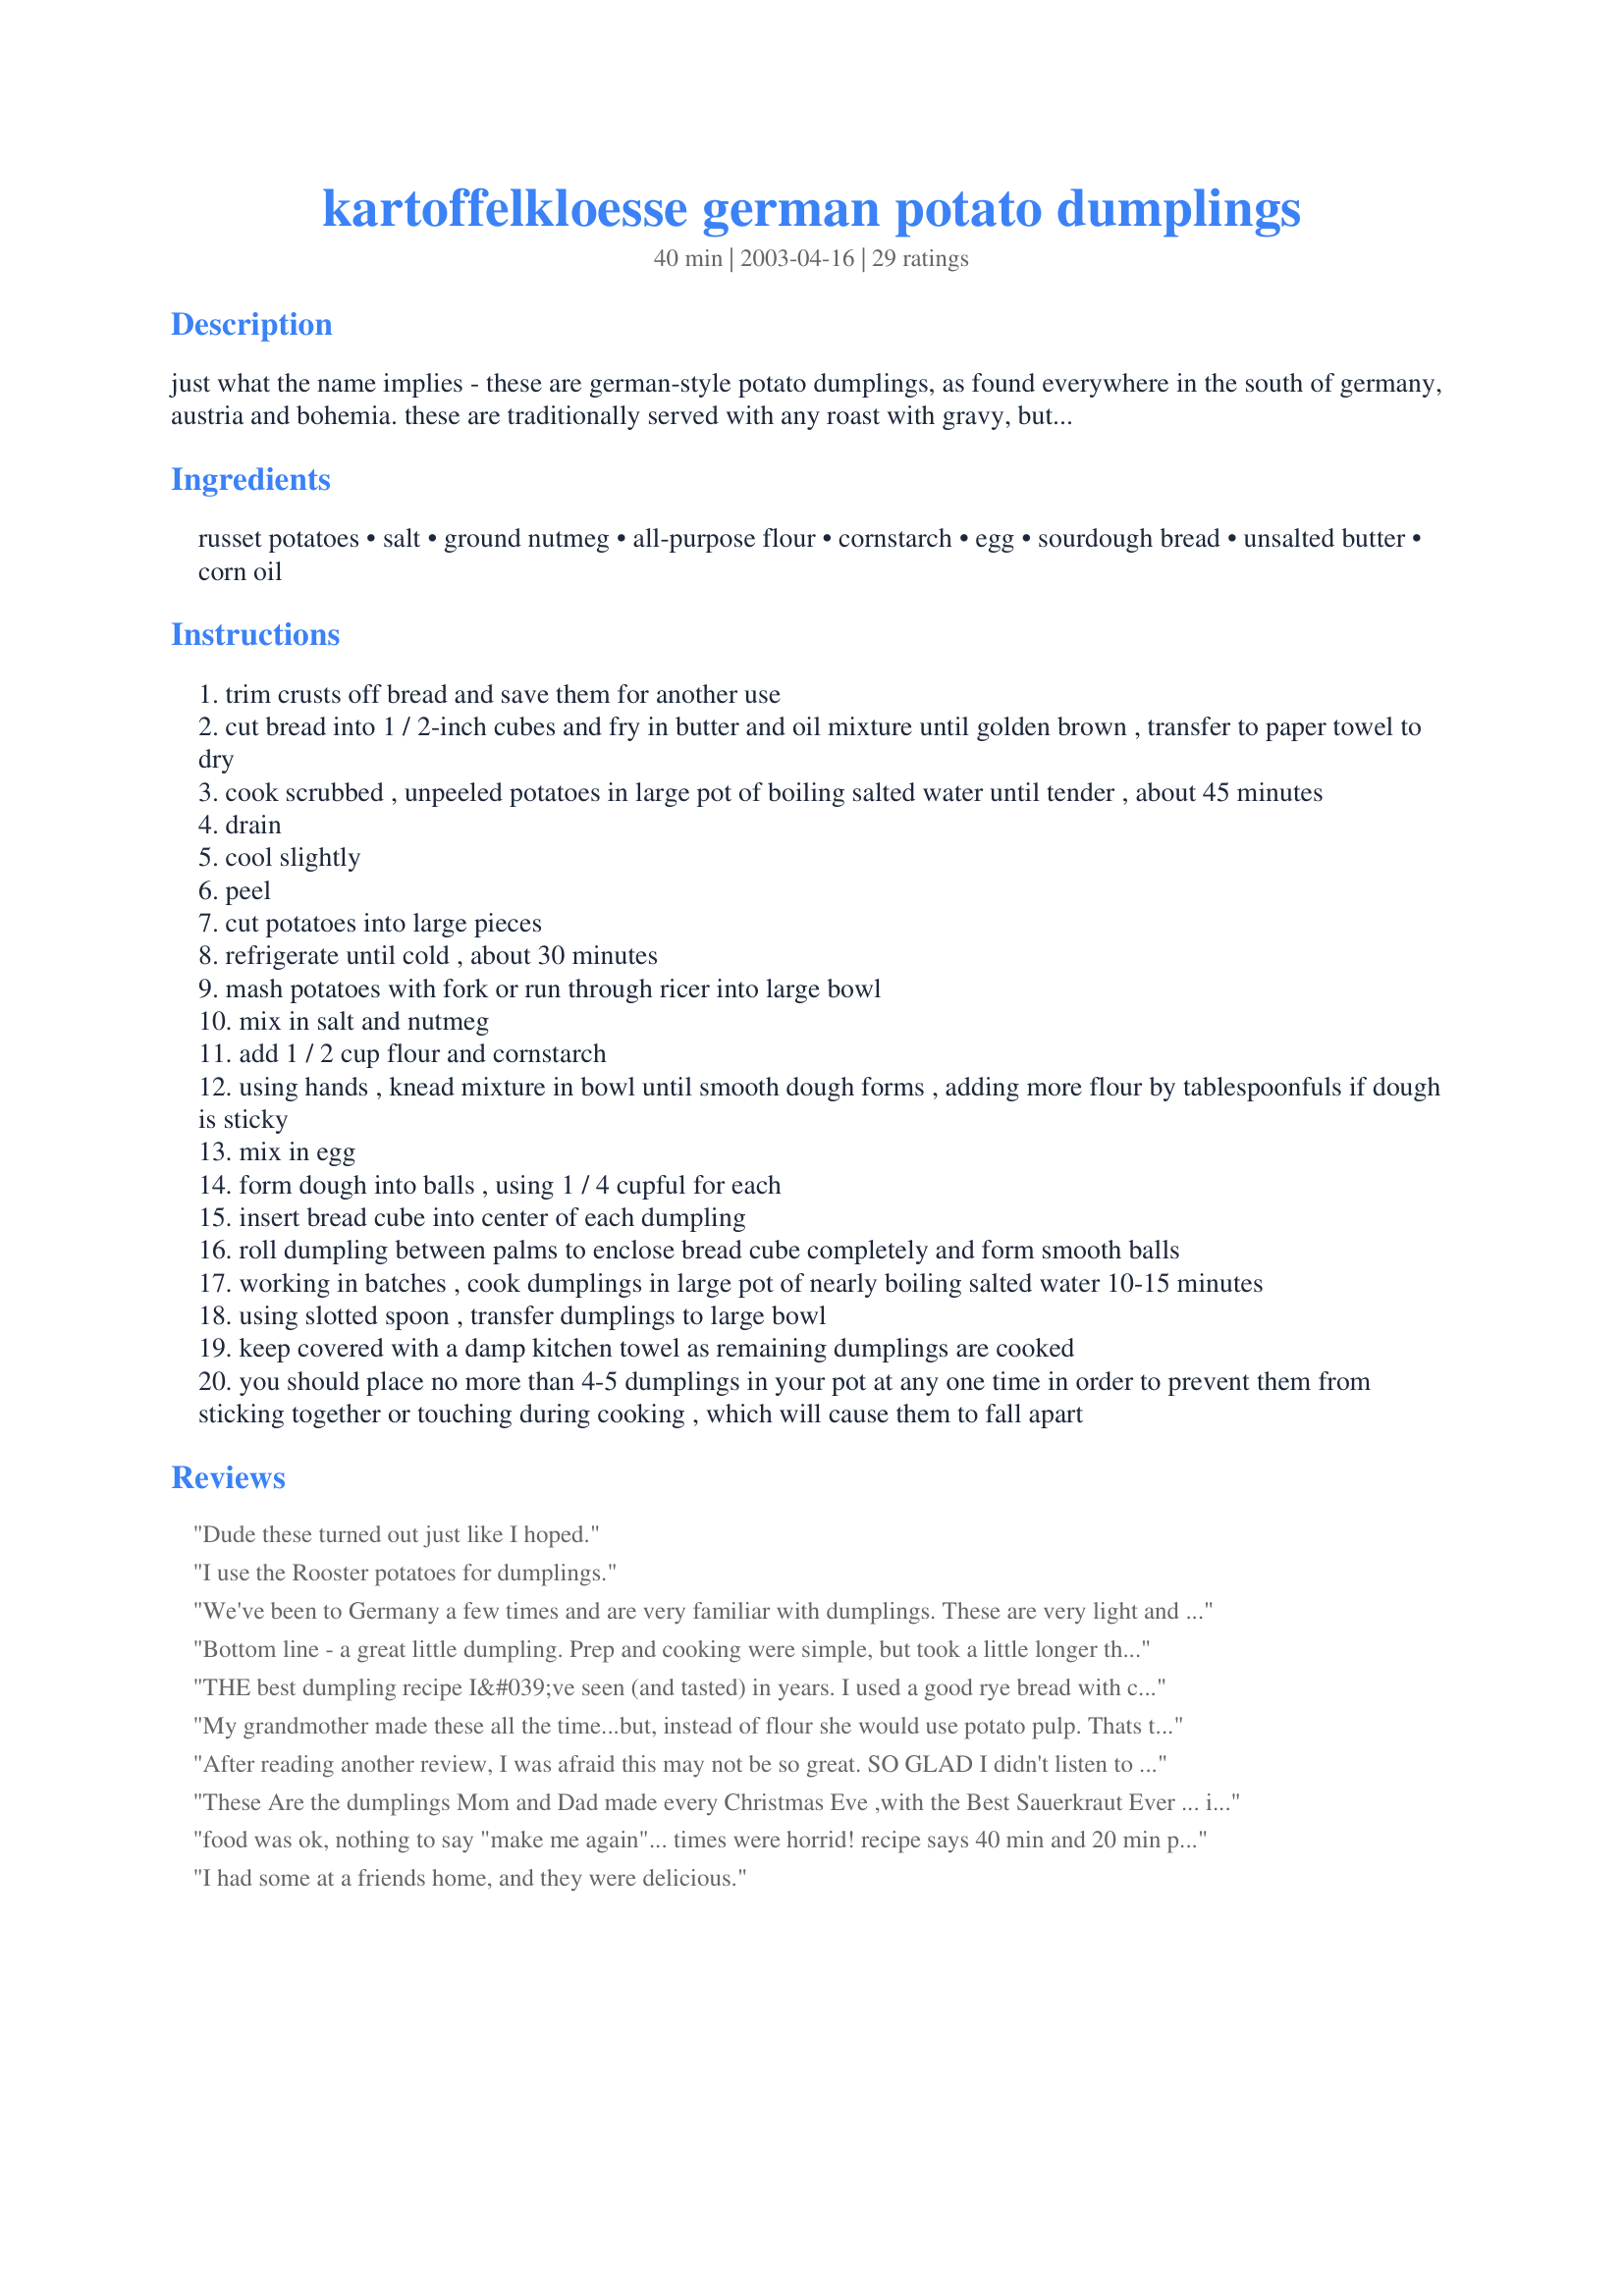
kartoffelkloesse german potato dumplings
Preparation time: 40 minutes

just what the name implies - these are german-style potato dumplings, as found everywhere in the south of germany, austria and bohemia. these are traditionally served with any roast with gravy, but most well-known as an accompaniment for a hearty sauerbraten and red cabbage. like polenta, second-day leftovers are a treat when sliced into slabs and fried in butter.

Ingredients:
russet potatoes, salt, ground nutmeg, all-purpose flour, cornstarch, egg, sourdough bread, unsalted butter, corn oil

Steps:
trim crusts off bread and save them for another use
cut bread into 1 / 2-inch cubes and fry in butter and oil mixture until golden brown , transfer to paper towel to dry
cook scrubbed , unpeeled potatoes in large pot of boiling salted water until tender , about 45 minutes
drain
cool slightly
peel
cut potatoes into large pieces
refrigerate until cold , about 30 minutes
mash potatoes with fork or run through ricer into large bowl
mix in salt and nutmeg
add 1 / 2 cup flour and cornstarch
using hands , knead mixture in bowl until smooth dough forms , adding more flour by tablespoonfuls if dough is sticky
mix in egg
form dough into balls , using 1 / 4 cupful for each
insert bread cube into center of each dumpling
roll dumpling between palms to enclose bread cube completely and form smooth balls
working in batches , cook dumplings in large pot of nearly boiling salted water 10-15 minutes
using slotted spoon , transfer dumplings to large bowl
keep covered with a damp kitchen towel as remaining dumplings are cooked
you should place no more than 4-5 dumplings in your pot at any one time in order to prevent them from sticking together or touching during cooking , which will cause them to fall apart

Reviews:
Dude these turned out just like I hoped.
I use the Rooster potatoes for dumplings.
We've been to Germany a few times and are very familiar with dumplings. These are very light and easy to work with. I couldn't find potato starch so added the corn starch. Thank you for bringing a little of Germany to our table. :)
Bottom line - a great little dumpling. Prep and cooking were simple, but took a little longer than expected - next time (there will be one) I will cook and rice the potatoes a day before, or prepare this recipe on a "cooking for the freezer" day (I did freeze the leftovers - will update on that when we use them). My husband has celiac disease so I substituted a rice based "all purpose" flour so the dumplings would be gluten free, & have potato starch in my gluten free baking closet, so did use that. We also live above 7,000 feet in elevation so I made smaller dumplings - about 1/8 cup - to compensate for the lower boiling temp. Despite the adaptations I needed to make, the dumplings were a winner at dinner!
THE best dumpling recipe I&#039;ve seen (and tasted) in years. I used a good rye bread with caraway seeds &quot;fried&quot; with tiny-cut onions for the center croutons. Like the recipe recommends, make sure the water is NEARLY boiling. I&#039;ve been making potato dumplings for 40 years now. This is one of the best recipes that&#039;s come along in a long time. They&#039;re hard to make, but this recipe is well put together in it&#039;s ingredients and well-written in its instructions. BRAVO!!
My grandmother made these all the time...but, instead of flour she would use potato pulp. Thats the trick, you need a very good juicer, mine is the olympic, that works very well. you use raw potato pulp from the juicer and mashed 50/50 mix, to get the dough. Then form balls with dry cottage cheese inside. After boiled you slice about 1/2 inch thick and fry in butter and serve with homemade bacon bits and a mixture of mayonaise, sour cream, sugar and salt. Tons of work, but so worth it.
After reading another review, I was afraid this may not be so great. SO GLAD I didn't listen to that review!! Yes, the prep time and cook time is longer than specified, but it's so worth the time! These are awesome!! I will definitely make them again and I highly recommend this recipe! Thanks!!
These Are the dumplings Mom and Dad made every Christmas Eve ,with the Best Sauerkraut Ever ... i make that Sauerkraut too now !!Thank You for This Recipe , I'm from Michigan and know where to buy the Box, but Winter in Florida makes a Challenge ! THANK YOU FOR THE RECIPE !! instead of vread cubes , fry bacon to put in center and the Grease on before serving!!
food was ok, nothing to say "make me again"... times were horrid! recipe says 40 min and 20 min prep. right in the directions you have about 1 1/2 hour of cook time. Update the time on the recipe. pushed my dinner WAY back. Then... you have the 20 min prep, which was significantly more for me, and I expect others also.
I had some at a friends home, and they were delicious.
My English mother learned to make this for my German/Irish father in the 1930s. It had been a family favorite for years before that -- and since then until my mother was unable to cook anymore. I tried it once or twice, but was unsuccessful.<br/><br/>She always served it with sauerbraten (sour roast). Just found a recipe for Crock Pot sauerbraten, so looked for this recipe, which we always called "glace" (spelling?). From what I can remember of her recipe, this looks just like it, except she put in a number of fried bread cubes. Her potato balls were about 4" in diameter.<br/><br/>Brings back great memories. Now I am resolved to learn to make it for the current and next two generations to enjoy, both for the food and for the family history.
This was so delicious! We made a sauce and served with chicken breasts stuffed with spinach and feta cheese! I want more!!
4stars for the recipe and 1 for the memories. My mom used to make this but it was from grated raw potatoes. They were better that way but not much and this was much much easier to make. I stuffed mine with fried salt pork. Yum!
Question: Why do we put a piece of bread in the middle of the Kanoodle?
Reviews scared me a little, but I went ahead because i needed starch to go with a slow cooked gulasch. I made a half recipe with 3 Asante potatoes( they&#039;re verrrry floury)&lt;br/&gt;My mother and sister both described them as &quot;Absolutely fabulous&quot;, and I was surprised by how easy they are.&lt;br/&gt;Much lighter on the mouth and stomach than the packet german potato dumplings i&#039;ve tried in the past, and would also go great with cheese or crispy bacon in the mix.&lt;br/&gt;I honestly don&#039;t see the need for the bread cubes in the middle...They roll up fine without them, and i would happily exchange them for another more tasty filling.
Came across this recipe and cooked them in a one-pot chicken and dumplings for dinner guests last night. Everybody, including the chef, loved them. They held together very nicely in the pot even after simmering for around 20 minutes. So easy to make! I'm adding it to my repertoire.
Grandpa Mueller always used red potatos, us kids peeled the night before and dropped the peeled potatoes in a can of cold water. Mother would boil 1/4 of the peeled potatoes and rice them and cover into fridge. Next day grandpa would grind up all of the peeled taters with his hand crank grinder. He would take the ground taters and put them in cloth sacks and then turn and squeeze out as much juice and starch as he could. Very hard work for him. After raw potatoes were squeezed he would put all those into a very large bowel,and add the riced potatoes, some eggs, salt, farina flour, can't remember much else, hand mix it all together and then begin rolling up the balls about baseball size, roll balls on news paper covering the table with more farina on the table. Lots of farina is ok, makes it all stick together. He would open the middle of the potato dumpling and put in a few bread crumbs, seasoned turkey dressing cubes work good. He get all the dumplings ready at once and careful ladle them into boiling stock pot he had ready to cook. They floated then sank to bottom, done 20 minutes later when the dumpling on its own rises to the surface. Then he would serve on a large serving tray, steaming hot with pork roast sour kraut, and gravy. God this was good!. Dumplings left over should be refrigerated overnight and then sliced and pan fried from next day breakfast, unbelievable! Taste sensation. Twice cooked dumpling. JJ Mueller of St. Paul Minnesota German immigrant to America
Just returned from a visit to the Bavarian region of Germany. Thank you for this recipe. I made it for the first time today and love how similar it tastes to the potato dumplings we enjoyed on our visit!
my mom use to make these around thanksgiving and Christmas. she is gone I never got the recipe but I found it I hope. I'm going to try it but I know that there wasn't anything in the middle of the balls. for best results you must use old potatoes and pour gravy on them it is great.
After reading numerous potato dumpling recipes, I chose this one because it seemed closest to the ones my mother-in-law used to make. I used white potatoes instead of russet but no other changes. I used the corn starch as I did not have potato flour. I make sauerbraten for my husband from time to time but was never brave enough to attempt the dumplings. He and his sister both agreed the dumplings were awesome. Thanks for a new favorite that&#039;s easy to prepare.
Very easy to make. My mother use to make these all the time. What she did different was she would put the rice potatoes in a thin cotton towel then place in a large copper pot with drilled holes in it and a heavy screw lid and squeeze the starch out of the potatoes. When she assembled the dumplings she would add the egg and some of the starch back in then add the bread crumbs in the center of the dumpling. When they came out they were translucent but delicious.
Hi there! I tried to make these, but the dumplings disintegrated when I dropped them into the boiling water. Any ideas what I did wrong?
Last night boiled the potatoes and peeled. Picked up a ricer at BB&B for $20. Today did the mix and the water is boiling. I'll update later. Looks great for now.
instead of a 'crouton' use broccolli' or any multi colors of vegies. For meat eaters we use to use in Thungersheim--good 'ol bacon or ham chunks/ meat or poultry taztse great to --for the bold--try comination of anything for a center fillin of a great origanal true kartofelkloess (ugh a Potatoe Dumplin is not a polite name to give a true Kloesse)
U R right --the recipe does bring back delightful memories when we were kids. I love u, Sis, Thank u for all ur mails (esp.easter card) 4 ever ur sis,Hanni
I am eager to try these. My neighbor (late) since childhood Mrs Braun introduced me to so many good recipes. Apple pancake, sauerbrauten, cuke salad, spritz cookies, and my FAVORITE potato dumplings. I love these served as dumplings, sliced and fried and cold out of the fridge like eating and apple. This comes so close to the recipe she gave me, I have high hopes. I&#039;m giving this 3 stars for the recipe!
I loved these as a child and I'm so glad that I can make them for mine. The bread or croutons are for flavor you can put cheese or minced meat whatever you like on the inside... they are comfort food .try this if you don't have time for the old way.
Just wonderful, wouldn't change a thing! My boyfriend, in particular, ate these up big time! Went great with pork roast, sauerkraut, petit peas, gravy, and beer/schnapps! Prosit! :)
Russet potatoes are not a good choice for this recipe. They are not authentic as the russet wasn&#039;t developed until the late 1800&#039;s in Idaho. Plus, they are too dry and grainy. I used traditional red potatoes for this recipe and thus, was able to cut way back on the starch and flour. They turned out perfect and were delicious.
I like to cook, and I enjoy most recipes on this site but this one was not worth the effort.
